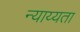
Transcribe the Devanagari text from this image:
न्याय्यता